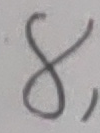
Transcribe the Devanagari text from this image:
४,